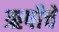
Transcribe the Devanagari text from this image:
ऋषीचें